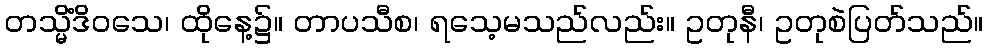
တသ္မိံဒိဝသေ၊ ထိုနေ့၌။ တာပသီစ၊ ရသေ့မသည်လည်း။ ဥတုနီ၊ ဥတုစဲပြတ်သည်။